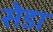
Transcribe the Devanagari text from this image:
सेडा